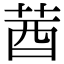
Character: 莤